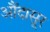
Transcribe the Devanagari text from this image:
औंदासूर